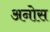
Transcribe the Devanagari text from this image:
अनोस